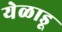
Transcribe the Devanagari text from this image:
येळाडू